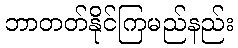
ဘာတတ်နိုင်ကြမည်နည်း